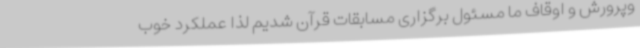
‌وپرورش و اوقاف ما مسئول برگزاری مسابقات قرآن شدیم لذا عملکرد خوب